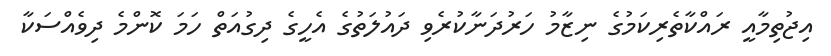
އިޖުތިމާއީ ރައްކާތެރިކަމުގެ ނިޒާމު ހަރުދަނާކުރެވި ދައުލަތުގެ އެހީގެ ދިގުއަތް ހަމަ ކޮންމެ ދިވެއްސަކާ